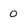
Character: o